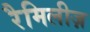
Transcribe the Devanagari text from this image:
रैमिलीज़